Scottish Leaving Certificate Examination, 1960
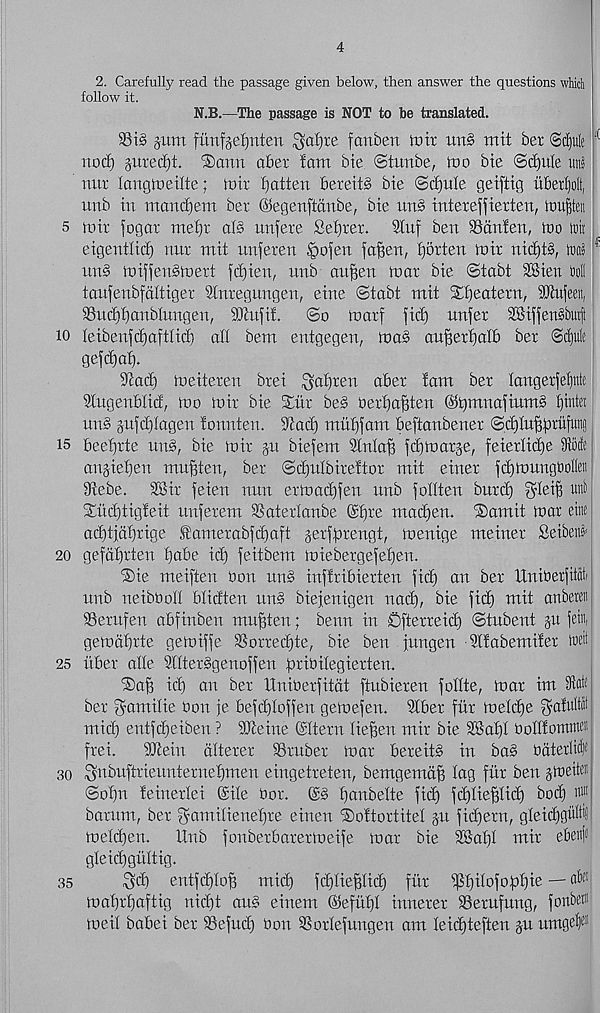
4
2. Carefully read the passage given below, then answer the questions which
follow it.
N.B.—The passage is NOT to be translated.
3Si§ jum funfje^ntert $a!)re fanben it)it urt§ mit bet @c£)u!e
nod) juredjt. ®ann abet fam bie (Stimbe, too bte ©d)ule un§
nut langiueilte; in it flatten bereit§ bie ©ctjufe geiftig itbetfiolt,
nnb in mandtjem bet ©egenftdnbe, bie un§ intereffierten, tDufeteii
5 init jog at ntef)t als nnfete Sefjtet.
9fuf ben Bdnfen, mo ink
eigentficf) nut mit unferen |>ofen fa^en, fjotten in it nicf)ts,
un§ miftenStnett fd)ien, unb aujjen mat bie ©tabt 3®ien toll
tanfenbfdftiger Slntegungen, eine ©tabt mit Sfieatetn, ^Jhijeen,
95ucf)f)anblungen, SJtufit.
©o Inatf fid) nnfer 3Biffen§but|i
10 feibenfdjaftfid) all bem entgegen, ioab an^etfjalb bet ©djulc
gef d)a^.
3tad) rue iter en btei ^afjren abet fam bet fangerfefjnte
Slugenbfid, too ruit bie Xiir be§ Oetfja^ten @t)mnafium§ f)mtet
un§ jufdjfagen fonnten. 3tad) mufjfam beftanbener ©djln^tufuttg
is beefftte nub, bie ruit ju biefem Stnlaff fdjruatje, feierfidje Stocfe
an§ief)en mn^ten, bet ©djufbiteftot mit einet IdjiunugboIIen
9tebe.
SB it feien nun ertuadjfen unb folften butd) $Ieifj mi
Xiidfiigfeit unfetem SSatetfanbe (£f)te mad)en. fSamit mat etnc
ad)tjdf)tige Ifametabfdiaft jetffotengt, menige meinet Seibert
20 gefdtjtten fjabe id) feitbem miebergefefjen.
®ie meiften bon uns infftibietten fid) an bet Xtnibetfitak
unb neibboll bfidten un§ biefenigen nad), bie fid) mit anberen
Setufen abfinben mu^ten; benn in Oftetteid) ©tubent ju feifl,
gemdf)tte gemiffe 3Sotred)te, bie ben jungen -Slfabemifet wcit
25 liber affe 2lftet§genoffen fjtibifegietten.
®af) id) an bet llniberfitat ftubieren foftte, mat im W
bet gumifie bon je befd)Ioffen gemefen. Sfbet flit mefd)e ^afuli
micf) entfdjeiben ? iOteine @ftetn fie^en mir bie 3®af)f boftfommcii
ftei.
9Jcein afteter SStubet mat beteits in bas bdtetltd’
so Snbufttieunternefjmen eingetreten, bemgemdf) lag flit ben jiueiten
©ot)n feinerfei ©ife bot. ©§ fjanbefte fid) fdjfiegiid) bod) i®
batum, bet ^amifienefjte einen < £>oftortitef jn fid)etn, gfeidjgultl
mefdjen.
Hub fonbetbatermeife mar bie 2®af)I mit ebenit
gleidjguftig.
^d) entfd)Io^ micf) fdfliefflid) frit ^fjifofofotjie — rf®
mat)tt)aftig nid)t aim einem ©efut)f innetet Setufung, foitdr'
meif babei bet SBefucf) bon 3S otfefungen am Ieid)teften ju itmgrf) e!1
35